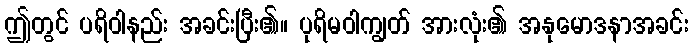
ဤတွင် ပရိဝါနည်း အခင်းပြီး၏။ ပုရိမဝါကျွတ် အားလုံး၏ အနုမောဒနာအခင်း